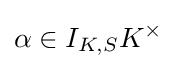
\alpha \in I_{K,S}K^{\times }